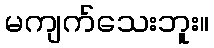
မကျက်သေးဘူး။